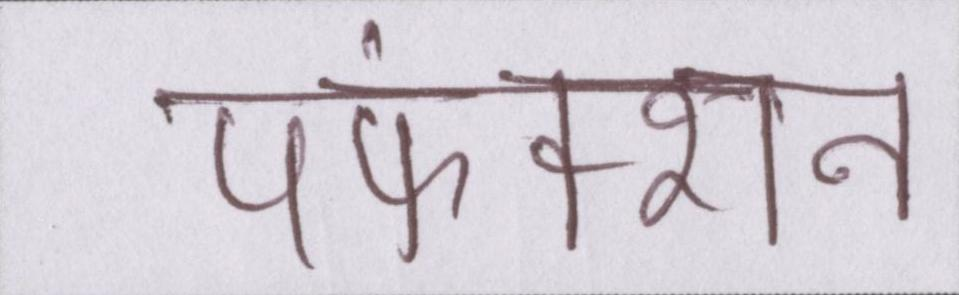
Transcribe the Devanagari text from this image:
पफंक्शन